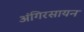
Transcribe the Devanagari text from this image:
अंगिरसायन